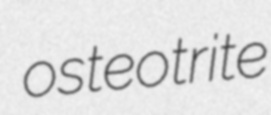
osteotrite